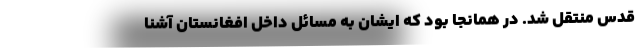
قدس منتقل شد. در همانجا بود که ایشان به مسائل داخل افغانستان آشنا